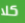
كلا